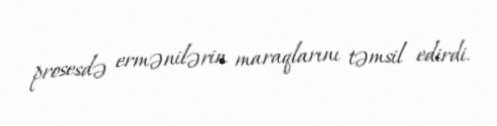
prosesdə ermənilərin maraqlarını təmsil edirdi.